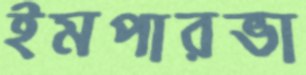
ইমপারভা